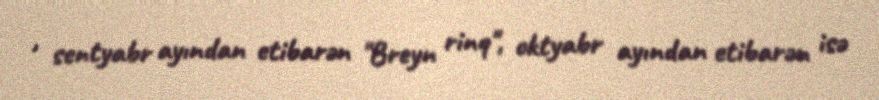
, sentyabr ayından etibarən "Breyn rinq", oktyabr ayından etibarən isə